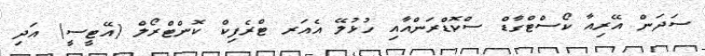
ސަދަން އޭރިއާ ކޯސްޓްގާޑް ސްކޮޑްރަންއާއި ހުޅުލޭ އެއަރ ޓްރެފިކް ކޮންޓްރޯލް (އޭޓީސީ) އަދި